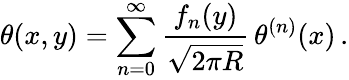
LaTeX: \theta(x,y)=\sum_{n=0}^{\infty}\frac{f_{n}(y)}{\sqrt{2\pi R}}\, \theta^{(n)}(x)\, .